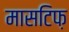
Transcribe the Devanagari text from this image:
मासटिफ़